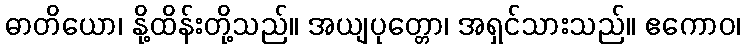
ဓာတိယော၊ နို့ထိန်းတို့သည်။ အယျပုတ္တော၊ အရှင်သားသည်။ ဧကောဝ၊